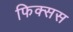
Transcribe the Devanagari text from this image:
फिक्सस